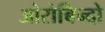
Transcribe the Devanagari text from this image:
ओरोबिन्दो